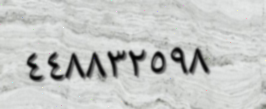
٤٤٨٨٣٢٥٩٨